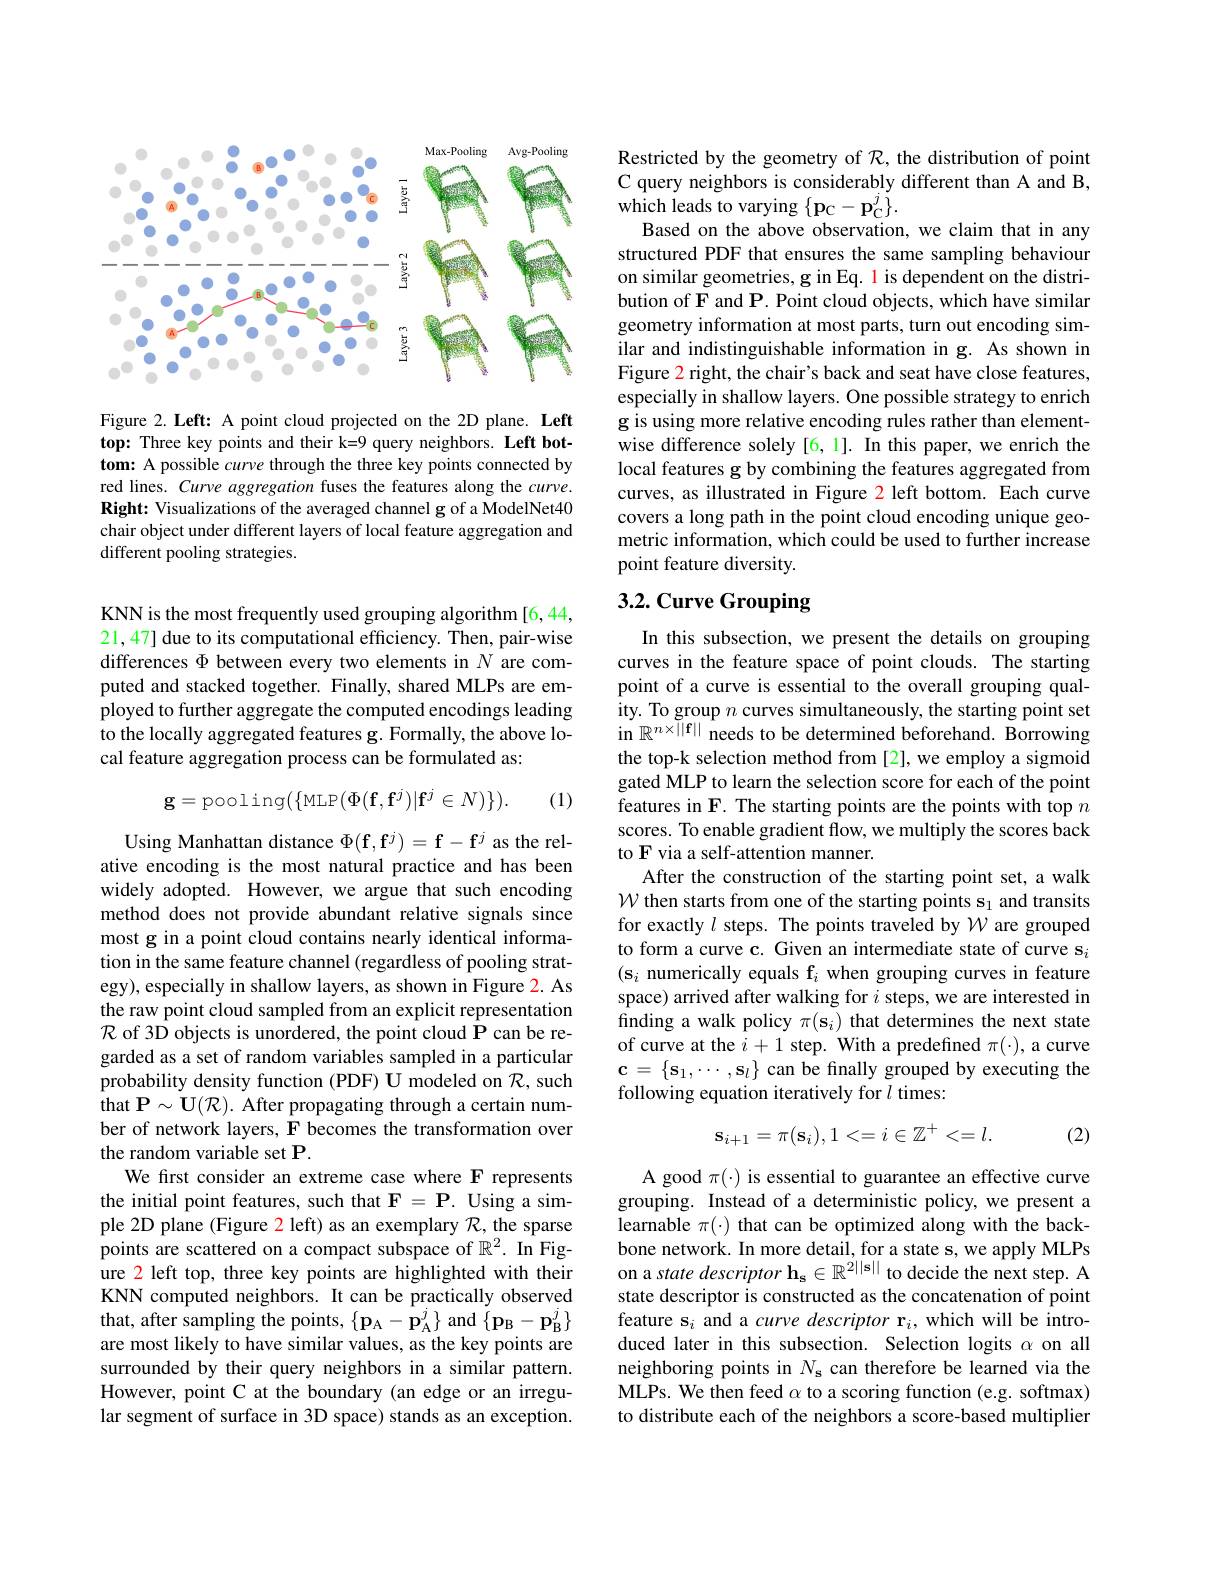
<FigureHere>

Figure 2. Left: A point cloud projected on the 2D plane. Left top: Three key points and their k=9 query neighbors. Left bottom: A possible curve through the three key points connected by red lines. Curve aggregation fuses the features along the curve. Right: Visualizations of the averaged channel g of a ModelNet40 chair object under different layers of local feature aggregation and different pooling strategies.

KNN is the most frequently used grouping algorithm [6,44, 21,47] due to its computational efficiency. Then, pair-wise differences $\Phi$ between every two elements in $N$ are computed and stacked together. Finally, shared MLPs are employed to further aggregate the computed encodings leading to the locally aggregated features g. Formally, the above local feature aggregation process can be formulated as:
$$\mathbf{g}=\text{pooling}(\{\text{MLP}(\Phi(\mathbf{f},\mathbf{f}^j)|\mathbf{f}^j\in N)\}).$$
(1)

Using Manhattan distance $\Phi(\mathbf{f},\mathbf{f}^{j})=\mathbf{f}-\mathbf{f}^{j}$ as the relative encoding is the most natural practice and has been widely adopted. However, we argue that such encoding method does not provide abundant relative signals since most g in a point cloud contains nearly identical information in the same feature channel (regardless of pooling strategy), especially in shallow layers, as shown in Figure 2. As the raw point cloud sampled from an explicit representation $\mathcal{R}$ of 3D objects is unordered, the point cloud P can be regarded as a set of random variables sampled in a particular probability density function (PDF) $\hat {\mathbf{U} \text{modeled on}}\mathcal{R}$, such that P$\sim \mathbf{U} ( \mathcal{R} ) .$ After propagating through a certain number of network layers, F becomes the transformation over the random variable set P.
We first consider an extreme case where F represents the initial point features, such that $\mathbf{F}=\mathbf{P}.$ Using a simple 2D plane (Figure 2 left) as an exemplary $\mathcal{R}$, the sparse points are scattered on a compact subspace of $\mathbb{R}^2.$ In Figure 2 left top, three key points are highlighted with their KNN computed neighbors. It can be practically observed that, after sampling the points, $\{\mathbf{p}_{\mathrm{A}}-\hat{\mathbf{p}}_{\mathrm{A}}^{j}\}$ and $\{\mathbf{p}_{\mathrm{B}}-\mathbf{p}_{\mathrm{B}}^{j}\}$ are most likely to have similar values, as the key points are surrounded by their query neighbors in a similar pattern. However, point C at the boundary (an edge or an irregular segment of surface in 3D space) stands as an exception.

Restricted by the geometry of $\mathcal{R}$, the distribution of point C query neighbors is considerably different than A and B, $\hat{\text{which leads to varying}}\left\{\mathbf{p}_{\mathrm{C}}-\mathbf{p}_{\mathrm{C}}^{j}\right\}.$
Based on the above observation, we claim that in any structured PDF that ensures the same sampling behaviour on similar geometries, g in Eq. 1 is dependent on the distribution of F and P. Point cloud objects, which have similar geometry information at most parts, turn out encoding similar and indistinguishable information in g. As shown in Figure 2 right, the chair's back and seat have close features, especially in shallow layers. One possible strategy to enrich g is using more relative encoding rules rather than elementwise difference solely [6,1]. In this paper, we enrich the local features g by combining the features aggregated from curves, as illustrated in Figure 2 left bottom. Each curve covers a long path in the point cloud encoding unique geometric information, which could be used to further increase point feature diversity.

## 3.2. Curve Grouping

In this subsection, we present the details on grouping curves in the feature space of point clouds. The starting point of a curve is essential to the overall grouping quality. To group $n$ curves simultaneously, the starting point set in $\mathbb{R}^{n\times||\mathbf{f}||}$ needs to be determined beforehand. Borrowing the top-k selection method from [2], we employ a sigmoid gated MLP to learn the selection score for each of the point features in F. The starting points are the points with top $n$ scores. To enable gradient flow, we multiply the scores back to F via a self-attention manner.
After the construction of the starting point set, a walk $\mathcal{W}$ then starts from one of the starting points s$_1$ and transits for exactly $l$ steps. The points traveled by $\mathcal{W}$ are grouped to form a curve c. Given an intermediate state of curve s$_i$ $(\mathbf{s}_i$ numerically equals f$_i$ when grouping curves in feature space) arrived after walking for $i$ steps, we are interested in finding a walk policy $\pi(\mathbf{s}_i)$ that determines the next state of curve at the $i+1$ step. With a predefined $\pi(\cdot)$, a curve $\mathbf{c}=\{\mathbf{s}_1,\cdots,\mathbf{s}_l\}$ can be finally grouped by executing the following equation iteratively for $l$ times:
$$\mathbf{s}_{i+1}=\pi(\mathbf{s}_i),1<=i\in\mathbb{Z}^+<=l.$$
(2)

A good $\pi(\cdot)$ is essential to guarantee an effective curve grouping. Instead of a deterministic policy, we present a learnable $\pi(\cdot)$ that can be optimized along with the backbone network. In more detail, for a state s, we apply MLPs on a state descriptor $\mathbf{h_s}\in\mathbb{R}^{2||\mathbf{s}||}$ to decide the next step. A state descriptor is constructed as the concatenation of point feature s$_i$ and a curve descriptor r$_i$, which will be introduced later in this subsection. Selection logits $\alpha$ on all neighboring points in $N_\mathrm{s}$ can therefore be learned via the MLPs. We then feed $\alpha$ to a scoring function (e.g. softmax) to distribute each of the neighbors a score-based multiplier